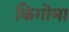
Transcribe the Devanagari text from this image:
किगोमा